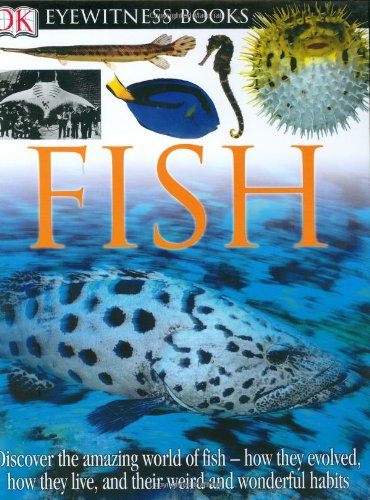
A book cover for DK Eyewitness Books: Fish; Steve Parker; Children's Books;